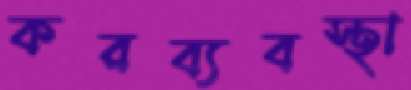
করব্যবস্থা